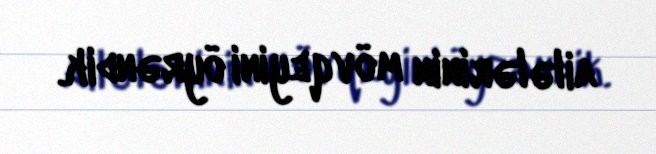
ailələrinin mövqeyini öyrəndik.